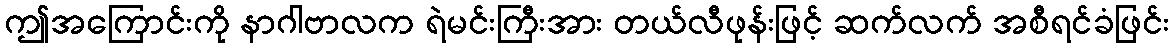
ဤအကြောင်းကို နာဂါဗာလက ရဲမင်းကြီးအား တယ်လီဖုန်းဖြင့် ဆက်လက် အစီရင်ခံဖြင်း